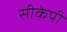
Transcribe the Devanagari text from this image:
सीकेपी